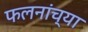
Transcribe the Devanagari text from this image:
फलनांच्या